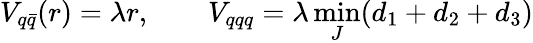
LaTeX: V_{q\bar{q}}(r)=\lambda r,\qquad V_{qqq}=\lambda\operatorname*{min}_{J}(d_{1}+d_{2}+d_{3})